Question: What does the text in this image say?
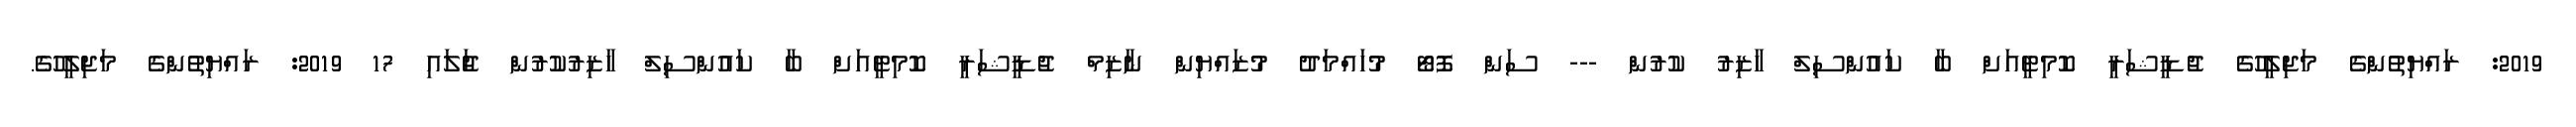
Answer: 2019: ރައްޔިތުންގެ މަޖިލީހުގެ ޖުޑީޝަރީ ކޮމިޓީއަށް ބާ ކައުންސިލް ހާޒިރު ކުރުން --- ސަން ފޮޓޯ މުހައްމަދު މުޒައްޔިން ނާޒިމް ޖުޑީޝަރީ ކޮމިޓީއަށް ބާ ކައުންސިލް ހާޒިރުކުރުން ޖުަލައި 17 2019: ރައްޔިތުންގެ މަޖިލީހުގެ.